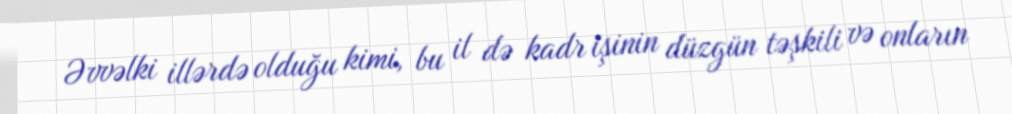
Əvvəlki illərdə olduğu kimi, bu il də kadr işinin düzgün təşkili və onların